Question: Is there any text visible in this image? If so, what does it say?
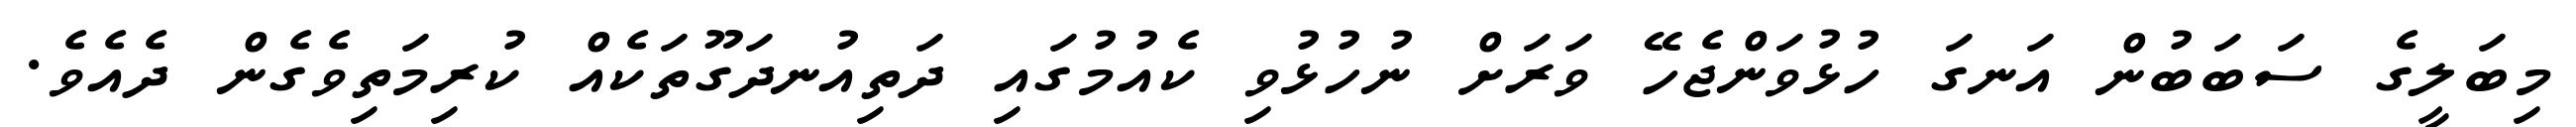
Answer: މިބަލީގެ ސަބަބުން އަނގަ ހުޅުވަންޖެހޭ ވަރަށް ނުހުޅުވި ކެއުމުގައި ދަތިއުނދަގޫތަކެއް ކުރިމަތިވެގެން ދެއެވެ.